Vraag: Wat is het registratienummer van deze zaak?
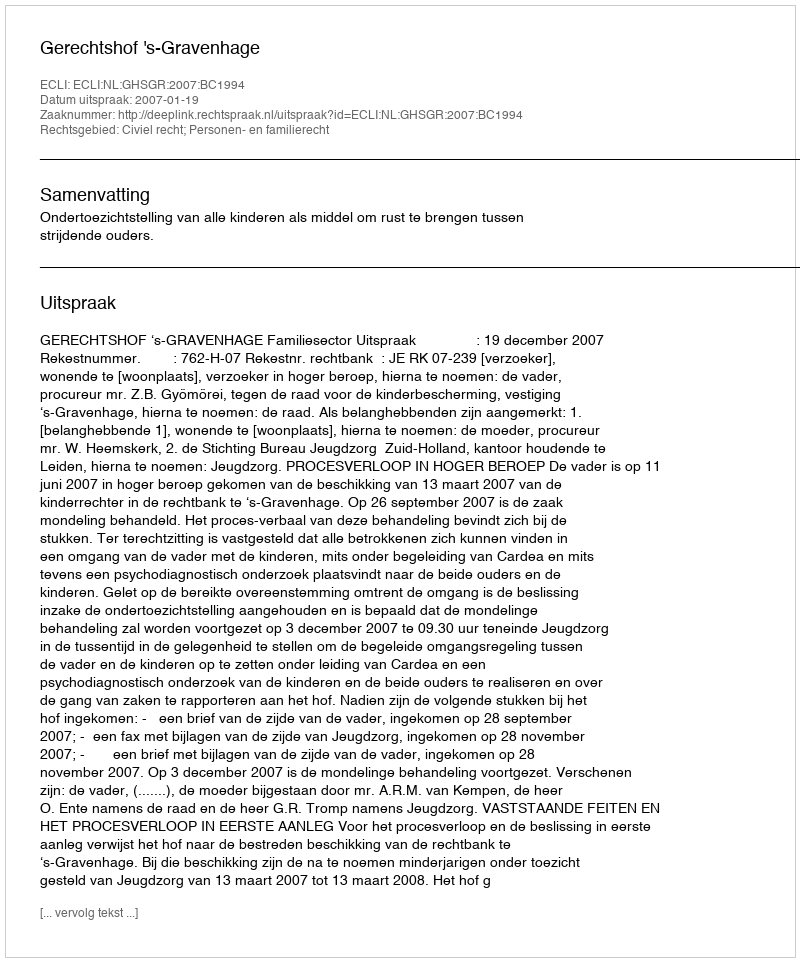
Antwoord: http://deeplink.rechtspraak.nl/uitspraak?id=ECLI:NL:GHSGR:2007:BC1994